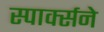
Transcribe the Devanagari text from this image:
स्पार्क्‍सने